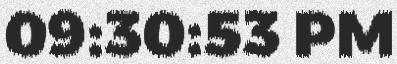
09:30:53 PM